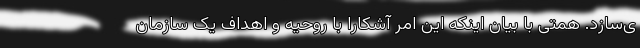
ی‌سازد. همتی با بیان اینکه این امر آشکارا با روحیه و اهداف یک سازمان